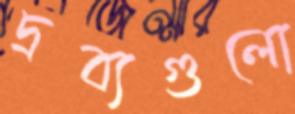
দ্রব্যগুলো